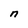
Character: n